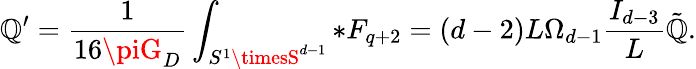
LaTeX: {\cal\mathbb{Q}}^{\prime}={\frac{{1}}{{16\piG_{D}}}}\int_{S^{1}\timesS^{d-1}}*F_{q+2}=(d-2)L\Omega_{d-1}{\frac{{I_{d-3}}}{{L}}}\tilde{{\mathbb{Q}}}.